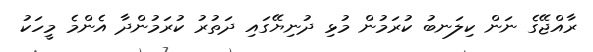
ރާއްޖޭގެ ނަން ކިލަނބު ކުރަމުން މުޅި ދުނިޔޭގައި ދަތުރު ކުރަމުންދާ އެންމެ މީހަކު